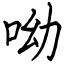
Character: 呦